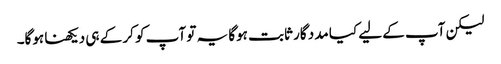
لیکن آپ کے لیے کیا مدد گار ثابت ہوگا یہ تو آپ کو کر کے ہی دیکھنا ہوگا۔